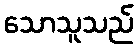
သောသူသည်